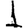
Digit: 1